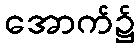
အောက်၌